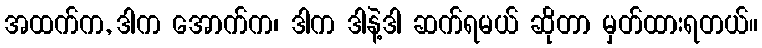
အထက်က, ဒါက အောက်က၊ ဒါက ဒါနဲ့ဒါ ဆက်ရမယ် ဆိုတာ မှတ်ထားရတယ်။